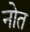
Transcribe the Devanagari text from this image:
नोत